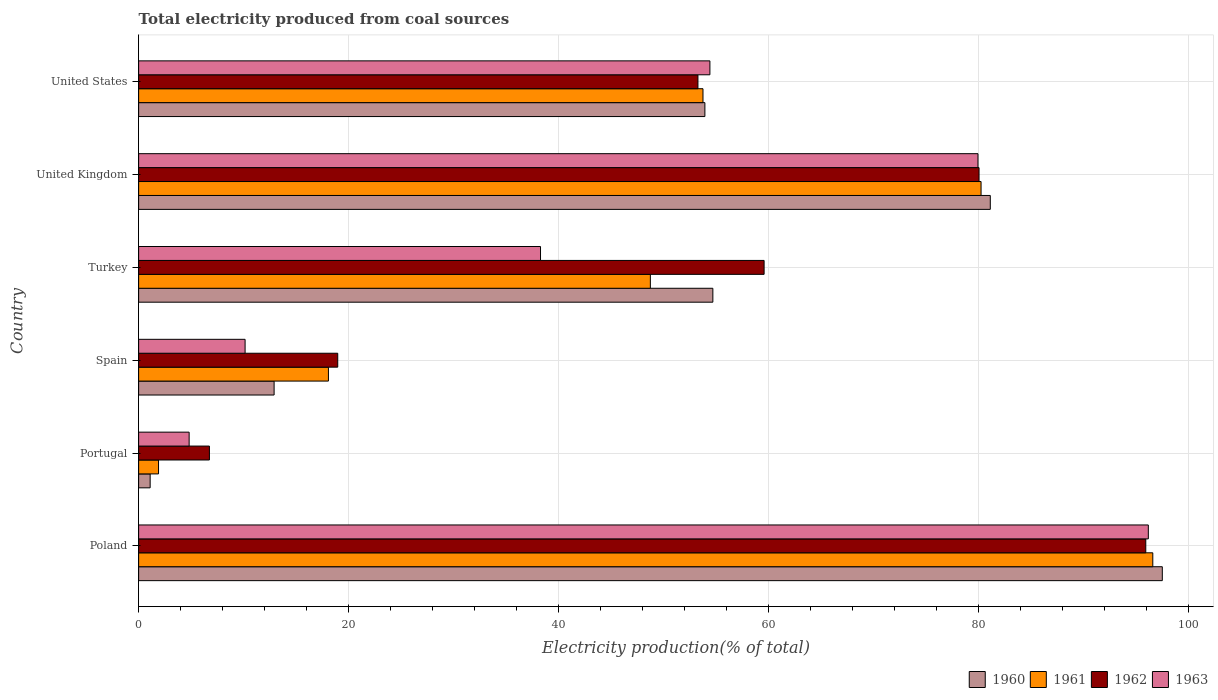
| Country | 1960 | 1961 | 1962 | 1963 |
 | --- | --- | --- | --- | --- |
 | Poland | 97.5 | 96.6 | 95.9 | 96.1 |
 | Portugal | 1.1 | 1.89 | 6.74 | 4.81 |
 | Spain | 12.9 | 18.1 | 19 | 10.1 |
 | Turkey | 54.7 | 48.7 | 59.6 | 38.3 |
 | United Kingdom | 81.1 | 80.2 | 80 | 79.9 |
 | United States | 53.9 | 53.7 | 53.3 | 54.4 |